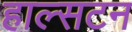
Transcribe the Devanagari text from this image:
हाल्सटन